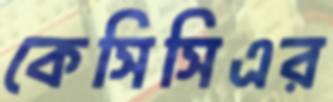
কেসিসিএর